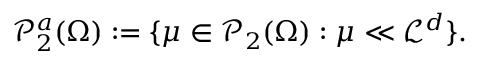
\mathscr { P } _ { 2 } ^ { a } ( \Omega ) : = \{ \mu \in \mathscr { P } _ { 2 } ( \Omega ) : \mu \ll \mathcal { L } ^ { d } \} .